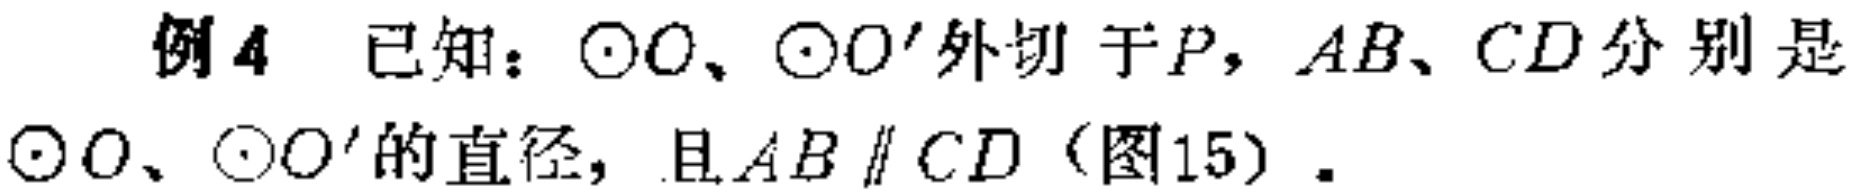
例4 已知：$\odot O$、$\odot O'$外切于$P$，$AB$、$CD$分别是$\odot O$、$\odot O'$的直径，且$AB\parallel CD$（图15）.